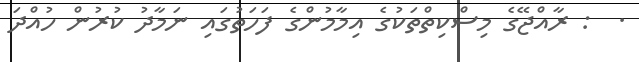
.  : ރާއްޖޭގެ މިސްކިތްތަކުގެ އިމާމުންގެ ފަހަތުގައި ނަމާދު ކުރުން ހުއްދަ